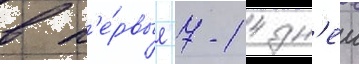
в п'е́рвые 7-14 дн'еи